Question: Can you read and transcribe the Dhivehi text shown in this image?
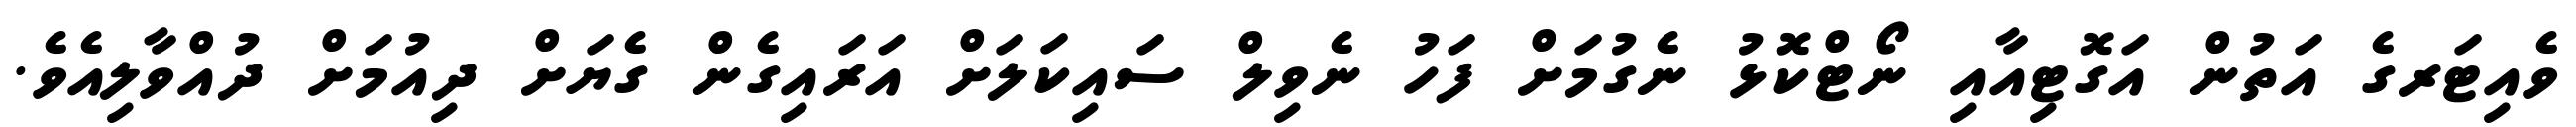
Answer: ވެއިޓަރގެ އަތުން އަގޮޓިއާއި ނޯޓްކޮޅު ނެގުމަށް ފަހު ނެވިލް ސައިކަލަށް އަރައިގެން ގެޔަށް ދިއުމަށް ދުއްވާލިއެވެ.